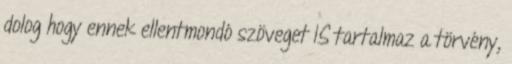
dolog hogy ennek ellentmondó szöveget IS tartalmaz a törvény,